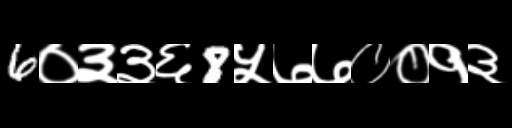
Text: 6०३३६8५७७००१३